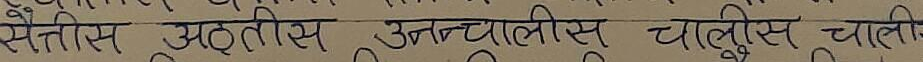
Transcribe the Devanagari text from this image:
सैंतीस अड़तीस उनचालीस चालीस चालिस